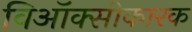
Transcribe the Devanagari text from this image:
विऑक्सीकारक